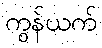
ကွန်ယက်